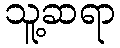
သူ့ဆရာ